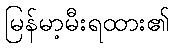
မြန်မာ့မီးရထား၏